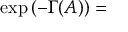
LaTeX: \exp \left( - \Gamma ( A ) \right) =